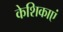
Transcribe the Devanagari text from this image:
केशिकाएं